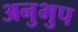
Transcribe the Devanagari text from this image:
अनुभुप